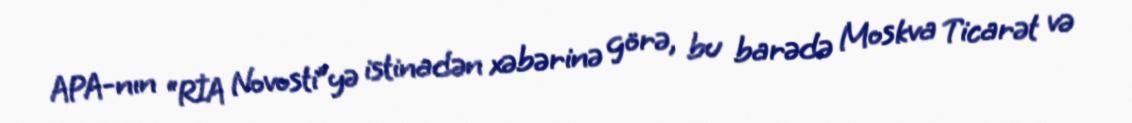
APA-nın “RİA Novosti”yə istinadən xəbərinə görə, bu barədə Moskva Ticarət və